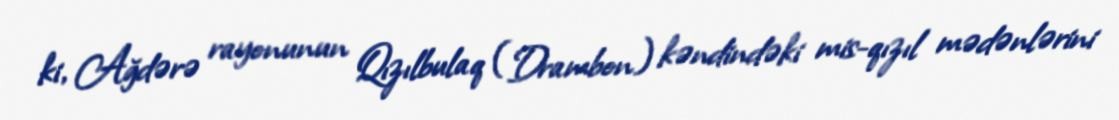
ki, Ağdərə rayonunun Qızılbulaq (Drambon) kəndindəki mis-qızıl mədənlərini